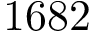
1 6 8 2